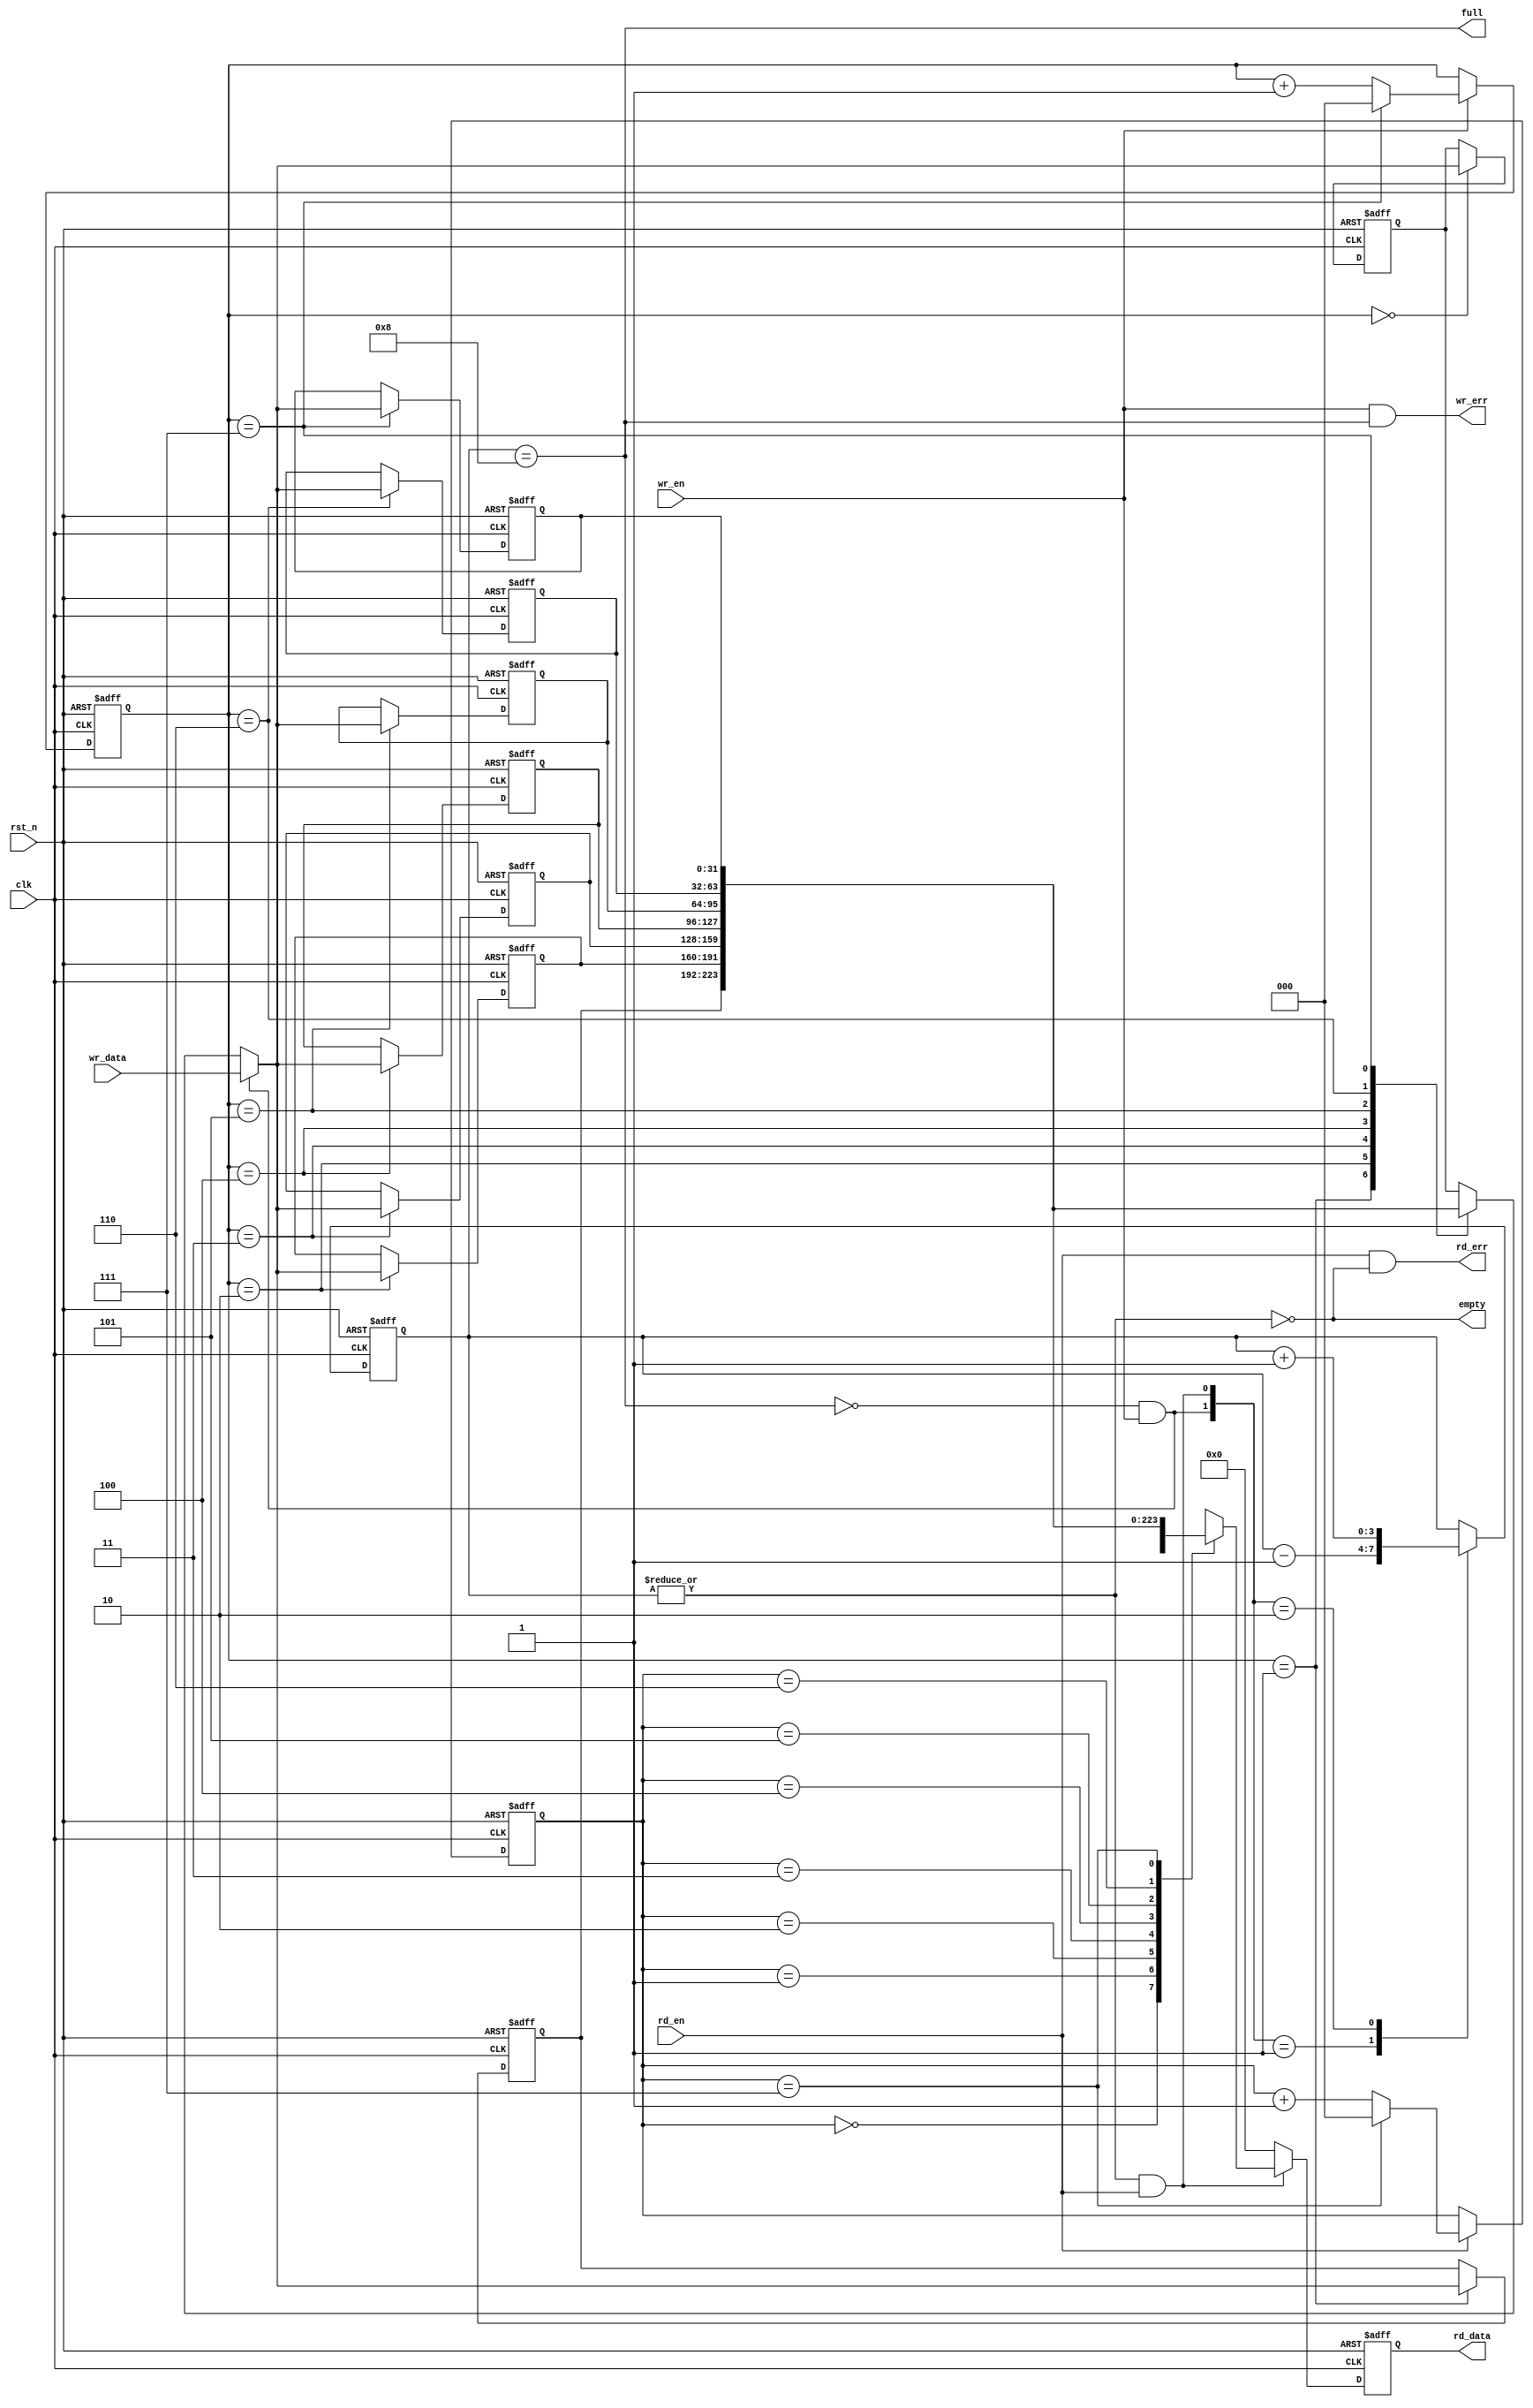
module sync_fifo
#(
    parameter FIFO_WIDTH = 32,
    parameter ADDR_WIDTH = 3,
    parameter FIFO_DEPTH = 8
)
(
    input  wire                  clk,
    input  wire                  rst_n,

    input  wire                  wr_en,
    input  wire [FIFO_WIDTH-1:0] wr_data,
    input  wire                  rd_en,
    
    output wire                  full,
    output wire                  wr_err,
    output wire                  empty,
    output wire                  rd_err,
    output reg  [FIFO_WIDTH-1:0] rd_data
);

    reg  [  ADDR_WIDTH:0] fifo_cnt; // Here need extra 1bit for full
    reg  [FIFO_WIDTH-1:0] fifo_mem [0:FIFO_DEPTH-1];
    reg  [ADDR_WIDTH-1:0] rd_ptr;
    reg  [ADDR_WIDTH-1:0] wr_ptr;
    
    wire wr_vali;       // HIGH when wr_en && ~full
    wire rd_vali;       // HIGH when rd_en && ~empty

    assign wr_vali = ~full & wr_en;
    assign rd_vali = ~empty & rd_en;

    integer _idx;

    // fifo counter value
    always @(posedge clk or negedge rst_n) begin
        if (~rst_n) begin
            fifo_cnt <= 0;
        end else begin
            case({wr_vali, rd_vali})
                2'b01: 
                    fifo_cnt <= fifo_cnt - 1'b1;
                2'b10: 
                    fifo_cnt <= fifo_cnt + 1'b1;
                default:
                    fifo_cnt <= fifo_cnt;
            endcase
        end
    end

    // read data if rd_vali is HIGH
    always @(posedge clk or negedge rst_n) begin
        if (~rst_n) begin
            rd_data <= 0;
        end else begin
            rd_data <= rd_vali ? fifo_mem[rd_ptr] : 0;
        end
    end

    // write data if wr_vali is HIGH
    always @(posedge clk or negedge rst_n) begin
        if (~rst_n) begin
            for (_idx = 0; _idx < FIFO_DEPTH; _idx = _idx + 1) begin
                fifo_mem[_idx] <= 0;
            end
        end else begin
            fifo_mem[wr_ptr] <= wr_vali ? wr_data : fifo_mem[wr_ptr];
        end
    end

    // update read and write pointer
    always @(posedge clk or negedge rst_n) begin
        if (~rst_n) begin
            wr_ptr <= 0;
            rd_ptr <= 0;
        end else begin
            wr_ptr <= wr_en ? ((wr_ptr == FIFO_DEPTH - 1) ? 0 : wr_ptr + 1) : wr_ptr;
            rd_ptr <= rd_en ? ((rd_ptr == FIFO_DEPTH - 1) ? 0 : rd_ptr + 1) : rd_ptr;
        end
    end

    assign full   = (fifo_cnt == FIFO_DEPTH);
    assign empty  = ~(|fifo_cnt);
    assign wr_err = wr_en & full;
    assign rd_err = rd_en & empty;

endmodule